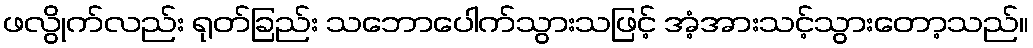
ဖလွိုက်လည်း ရုတ်ခြည်း သဘောပေါက်သွားသဖြင့် အံ့အားသင့်သွားတော့သည်။